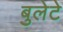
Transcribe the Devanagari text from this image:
बुलेटे